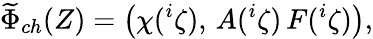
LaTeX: \widetilde{\Phi}_{ch}(Z)=\left(\chi({}^{i}\zeta),\, A({}^{i}\zeta)\, F({}^{i}\zeta)\right),